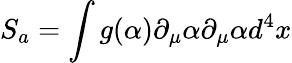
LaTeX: S_{a}=\int g(\alpha)\partial_{\mu}\alpha\partial_{\mu}\alpha d^{4}x